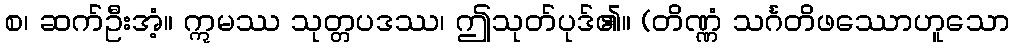
စ၊ ဆက်ဦးအံ့။ ဣမဿ သုတ္တပဒဿ၊ ဤသုတ်ပုဒ်၏။ (တိဏ္ဏံ သင်္ဂတိဖဿောဟူသော